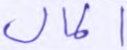
المال